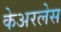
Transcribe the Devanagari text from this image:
केअरलेस